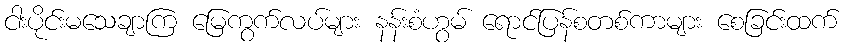
ငါးပိုင်းမသေချာကြ မြေကွက်လပ်များ နန်းစံဟွမ် ရောင်ပြန်စတစ်ကာများ စေခြင်းထက်